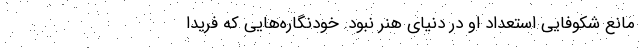
مانع شکوفایی استعداد او در دنیای هنر نبود. خودنگاره‌هایی که فریدا